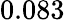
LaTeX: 0.083